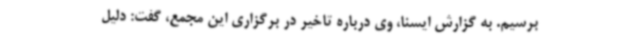
برسیم. به گزارش ایسنا، وی درباره تاخیر در برگزاری این مجمع، گفت: دلیل